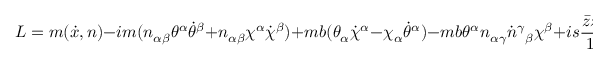
L = m ( \dot { x } , n ) - i m ( n _ { \alpha \beta } \theta ^ { \alpha } \dot { \theta } ^ { \beta } + n _ { \alpha \beta } \chi ^ { \alpha } \dot { \chi } ^ { \beta } ) + m b ( \theta _ { \alpha } \dot { \chi } ^ { \alpha } - \chi _ { \alpha } \dot { \theta } ^ { \alpha } ) - m b \theta ^ { \alpha } n _ { \alpha \gamma } \dot { n } ^ { \gamma } { } _ { \beta } \chi ^ { \beta } + i s \frac { \bar { z } \dot { z } - z \dot { \bar { z } } } { 1 - z \bar { z } } \; ,